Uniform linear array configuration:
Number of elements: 24
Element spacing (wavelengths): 0.25
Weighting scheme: kaiser
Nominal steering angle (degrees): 45
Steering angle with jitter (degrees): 43.424
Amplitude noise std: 0.05
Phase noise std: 0.05

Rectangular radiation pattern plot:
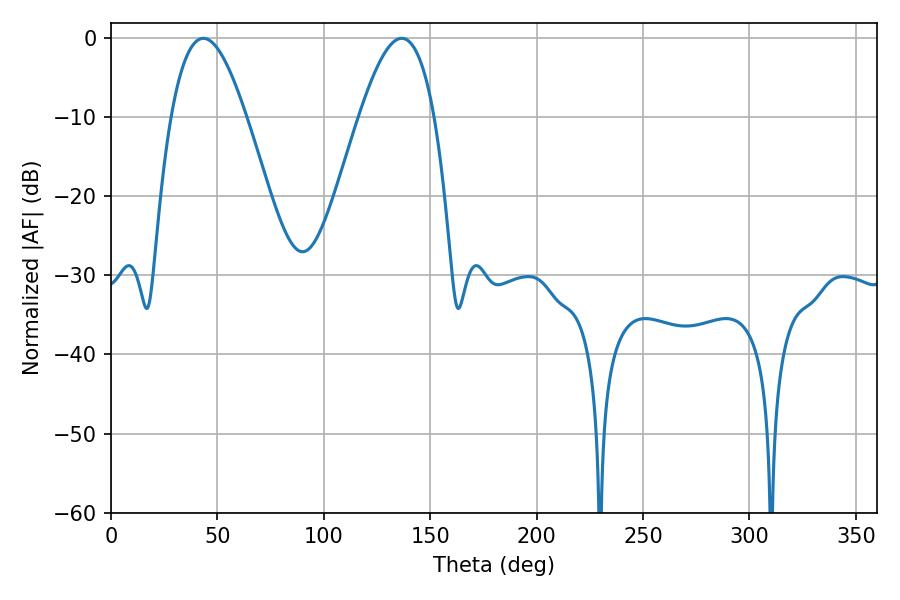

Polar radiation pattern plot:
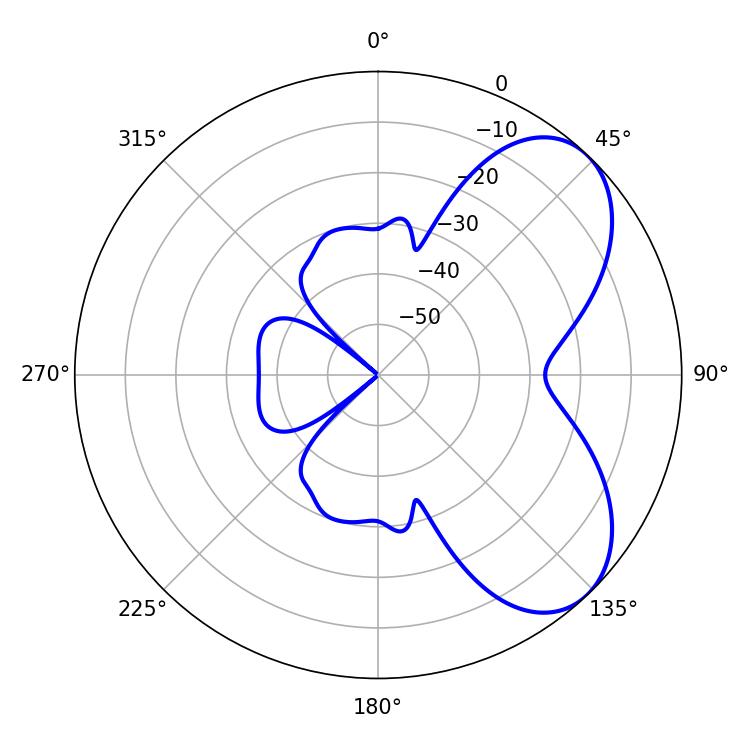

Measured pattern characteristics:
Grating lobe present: FALSE
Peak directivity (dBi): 5.952
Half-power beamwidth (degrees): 19.26
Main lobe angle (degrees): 43.38